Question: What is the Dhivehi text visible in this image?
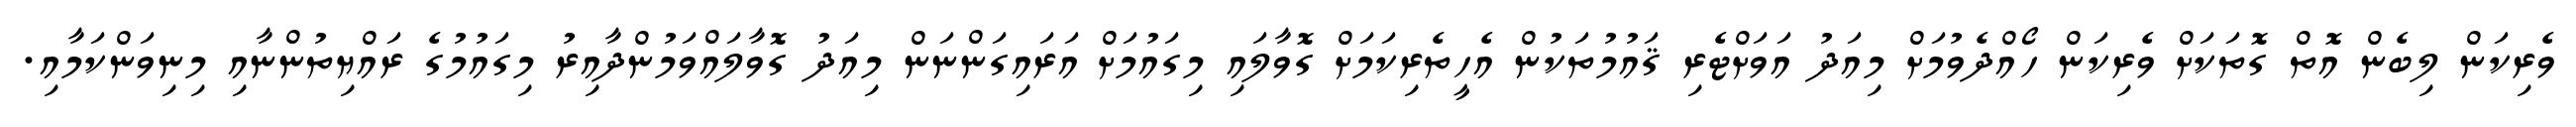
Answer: ވެރިކަން ލިބެން އޮތް ގޮތަކަށް ވެރިކަން ހޯއްދެވުމަށް މިއަދު އަވަށްޓެރި ޤައުމުތަކުން އެހީތެރިކަމަށް ގޮވާލައި މިގައުމަށް އަރައިގަންނަން މިއަދު ގޮވާލައްވަމުންދާއިރު މިގައުމުގެ ރައްޔިތުންނާއި މިނިވަންކަމާއި.